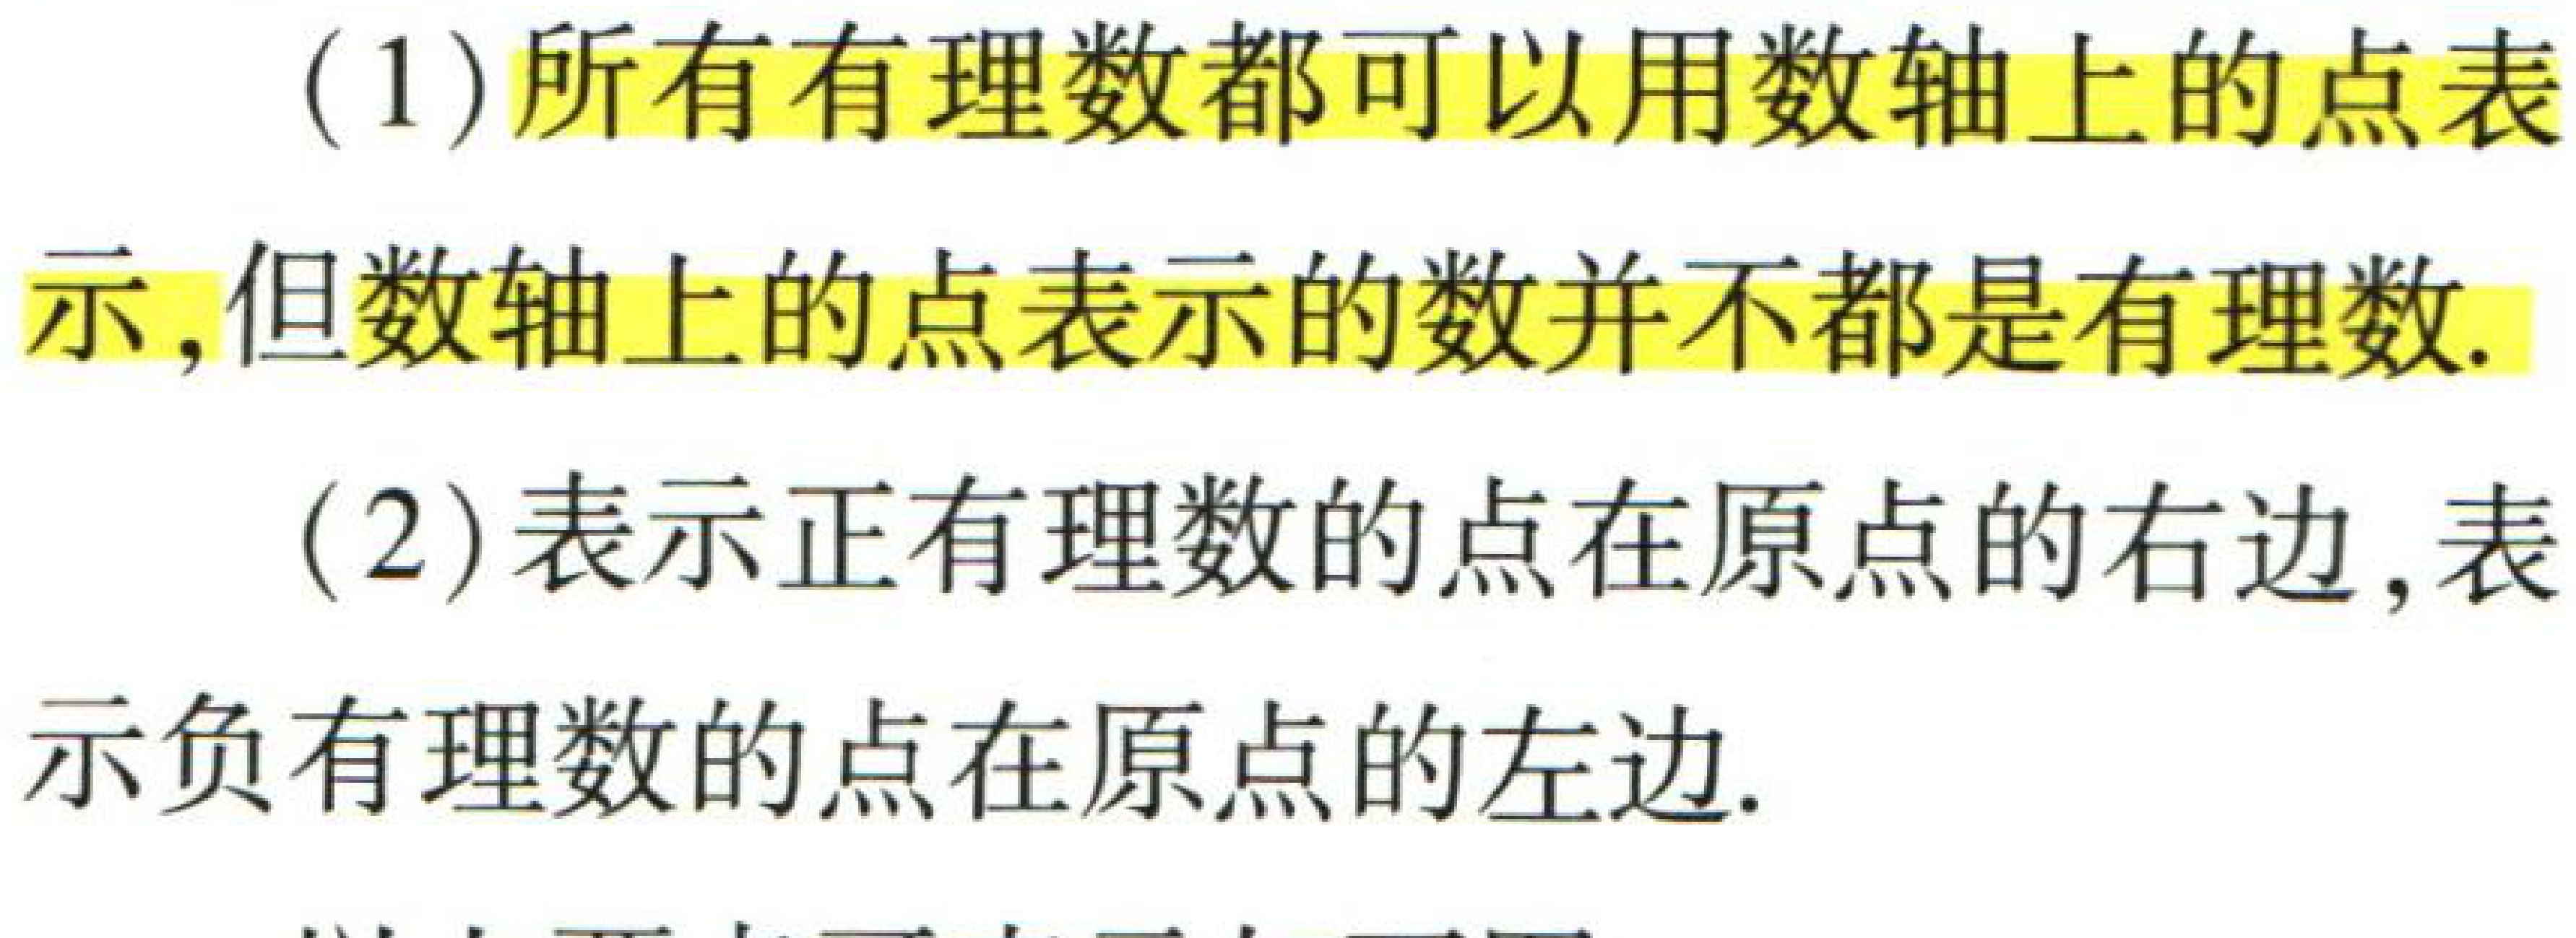
(1)所有有理数都可以用数轴上的点表示,但数轴上的点表示的数并不都是有理数.
(2)表示正有理数的点在原点的右边,表示负有理数的点在原点的左边.